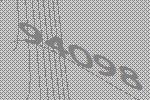
94098